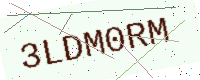
Text: 3LDM0RM